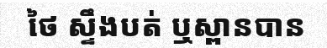
ថៃ ស្ទឹងបត់ ឬស្ពានបាន